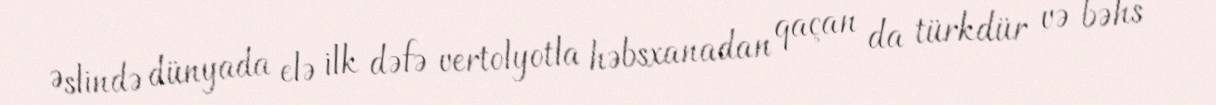
Əslində dünyada elə ilk dəfə vertolyotla həbsxanadan qaçan da türkdür və bəhs